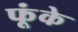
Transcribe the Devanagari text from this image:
फूंके